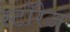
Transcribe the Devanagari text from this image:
स्टॉरेज